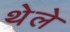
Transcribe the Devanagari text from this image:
थेले